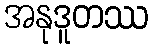
အနုဒူတဿ